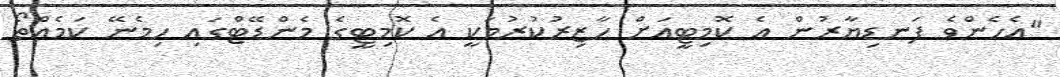
"އެހެންވެ ފަނޑިޔާރުން އެ ކޮމިޓީއަށް ހާޒިރުކުރުމަކީ އެ ކޮމިޓީގެ މެންޑޭޓްގައި ހިމެނޭ ކަމެއްތޯ